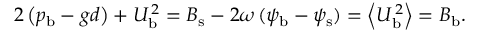
2 \left( { p } _ { \mathrm { b } } - g d \right) + { U } _ { \mathrm { b } } ^ { \, 2 } = { B } _ { \mathrm { s } } - 2 \omega \, ( { \psi } _ { \mathrm { b } } - { \psi } _ { \mathrm { s } } ) = \left< { U } _ { \mathrm { b } } ^ { \, 2 } \right> = { B } _ { \mathrm { b } } .